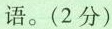
语。(2分)